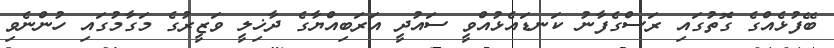
ބޭފުޅެއްގެ ގޮތުގައި ރަސްގެފާނު ކަނޑައެޅުއްވީ ސައުދީ އަރަބިއްޔާގެ ދާޚިލީ ވަޒީރުގެ މަގާމުގައި ހުންނެވި